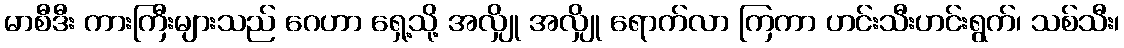
မာစီဒီး ကားကြီးများသည် ဂေဟာ ရှေ့သို့ အလျှို အလျှို ရောက်လာ ကြကာ ဟင်းသီးဟင်းရွက်၊ သစ်သီး၊